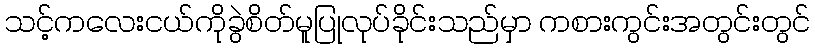
သင့်ကလေးငယ်ကိုခွဲစိတ်မူပြုလုပ်ခိုင်းသည်မှာ ကစားကွင်းအတွင်းတွင်